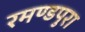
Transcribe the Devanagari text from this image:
रमण्डपुरा